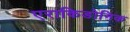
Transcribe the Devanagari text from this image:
एराकिडोनिक